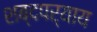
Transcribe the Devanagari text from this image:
शब्दपर्याय